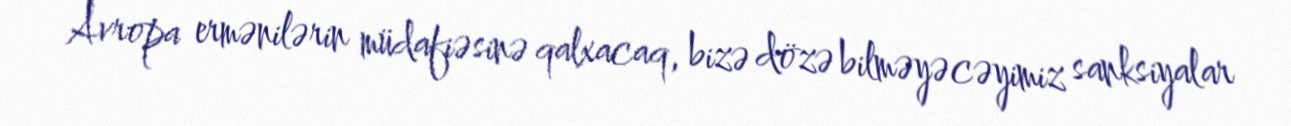
Avropa ermənilərin müdafiəsinə qalxacaq, bizə dözə bilməyəcəyimiz sanksiyalar